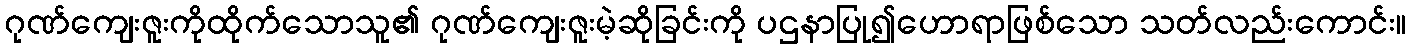
ဂုဏ်ကျေးဇူးကိုထိုက်သောသူ၏ ဂုဏ်ကျေးဇူးမဲ့ဆိုခြင်းကို ပဌနာပြု၍ဟောရာဖြစ်သော သတ်လည်းကောင်း။